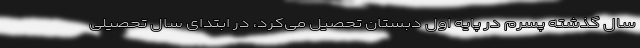
سال گذشته پسرم در پایه اول دبستان تحصیل می‌کرد، در ابتدای سال تحصیلی